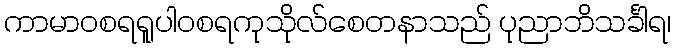
ကာမာဝစရရူပါဝစရကုသိုလ်စေတနာသည် ပုညာဘိသင်္ခါရ၊